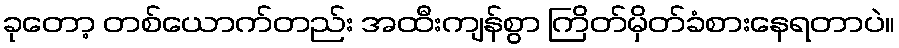
ခုတော့ တစ်ယောက်တည်း အထီးကျန်စွာ ကြိတ်မှိတ်ခံစားနေရတာပဲ။